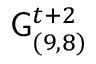
\mathsf { G } _ { ( 9 , 8 ) } ^ { t + 2 }